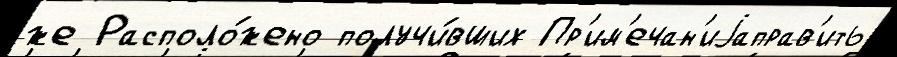
же Располо́жено получи́вших Пр'им'ечан'иjаправ'ить